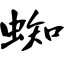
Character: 蜘